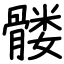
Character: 髅